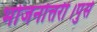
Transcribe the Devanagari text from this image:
भोजनोत्तरीं।पुसे